Vaccination in Burma 1920-1933 - 1920-1933
Year: 1920
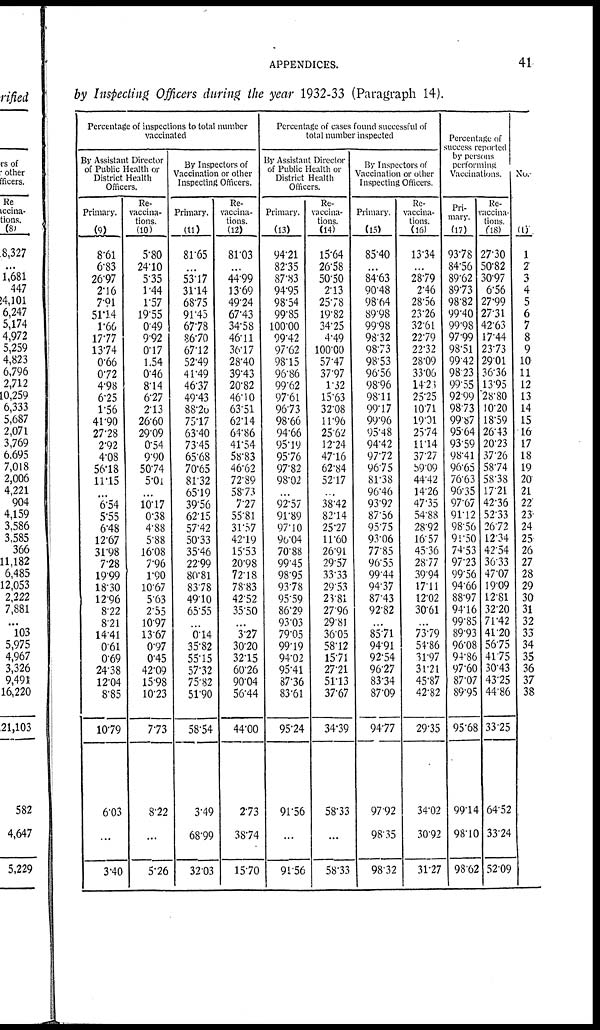
APPENDICES.
41
by Inspecting Officers during the year 1932-33 (Paragraph 14).
Percentage of inspections to total number
vaccinated
By Assistant Director
of Public Health or
District Health
Officers.
Primary.
(9)
8.61
6.83
26.97
2.16
7.91
51.14
1.66
17.77
13.74
0.66
0.72
4.98
6.25
1.56
41.90
27.28
2.92
4.08
56.18
11.15
...
6.54
5.55
6.48
12.67
31.98
728
19.99
18.30
12.96
8.22
8.21
14.41
0.61
0.69
24.38
12.04
8.85
10.79
6.03
...
3.40
Re-
vaccina-
tions.
(10)
5.80
24.10
5.35
1.44
1.57
19.55
0.49
9.92
0.17
1.54
0.46
8.14
6.27
2.13
26.60
29.09
0.54
9.90
50.74
5.01
...
10.17
0.38
4.88
5.88
16.08
796
1.90
1067
5.63
2.55
10.97
13.67
0.97
0.45
42.09
15.98
10.23
7.73
8.22
...
5.26
By Inspectors of
Vaccination or other
Inspecting Officers.
Primary.
(11)
81.65
...
53.17
31.14
68.75
91.45
67.78
86.70
67.12
52.49
41.49
46.37
49.43
88.20
75.17
63.40
73.45
65.68
70.65
81.32
65.19
39.56
62.5
57.42
50.33
35.46
22.99
80.81
83.78
49.10
65.55
...
0.14
35.82
55.15
57.32
75.82
51.90
58.54
3.49
68.99
32.03
Re-
vaccina-
tions.
(12)
81.03
...
44.99
13.69
49.24
67.43
34.58
46.11
36.17
28.40
39.43
20.82
46.10
63.51
62.14
64.86
41.54
58.83
46.62
72.89
58.73
7.27
55.81
31.57
42.19
15.53
20.98
72.18
78.83
42.52
35.50
...
3.27
30.20
32.15
60.26
90.04
56.44
44.00
2.73
38.74
15.70
Percentage of cases found successful of
total number inspected
By Assistant Director
of Public Health or
District Health
Officers.
Primary.
(13)
94.21
82.35
87.83
94.95
98.54
99.85
100.00
99.42
97.62
98.15
96.86
99.62
97.61
96.73
98.66
94.66
95.19
95.76
97.82
98.02
...
92.57
91.89
97.10
90.04
70.88
99.45
98.95
93.78
95.59
86.29
93.03
79.05
99.19
94.02
95.41
87.36
83.61
95.24
91.56
...
91.56
Re-
vaccina-
tions.
(14)
15.64
26.58
50.50
2.13
25.78
19.82
34.25
4.49
100.00
57.47
37.97
1.32
15.63
32.08
11.96
25.62
12.74
47.16
62.84
52.17
...
38.42
82.14
25.77
11.60
26.91
29.57
33.33
29.53
23.81
27.96
29.81
36.05
58.12
15.71
27.21
51.13
37.67
34.39
58.33
...
58.33
By Inspectors of
Vaccination or other
Inspecting Officers.
Primary.
(15)
85.40
...
84.63
90.48
98.64
89.98
99.98
98.32
98.73
98.53
96.56
98.96
98.11
99.17
99.96
95.48
94.42
97.72
96.75
81.38
96.46
93.92
87.56
95.75
93.06
77.85
96.55
99.44
94.37
87.43
92.82
...
85.71
94.91
92.54
96.27
83.34
87.09
94.77
97.92
98.35
98.32
Re-
vaccina-
tions.
(16)
13.34
...
28.79
2.46
28.56
23.26
32.61
22.79
22.32
28.09
33.06
14.21
25.25
10.71
19.31
25.74
11.14
37.27
59.09
44.42
14.26
47.35
54.88
28.92
16.57
45.36
28.77
39.94
17.11
12.02
30.61
...
73.79
54.86
31.97
31.71
45.87
42.82
29.35
34.02
30.92
31.27
Percentage of
success reported
by persons
performing
Vaccinations.
Pri-
mary.
(17)
93.78
84.56
89.62
89.73
98.82
99.40
99.98
97.99
98.51
99.42
98.23
99.55
92.99
98.73
99.87
95.64
93.59
98.41
96.65
76.63
96.35
97.67
91.12
98.56
91.50
74.53
97.23
99.56
94.66
88.97
94.16
99.85
89.93
96.08
94.86
97.60
87.07
89.95
95.68
99.14
98.10
98.62
Re-
vaccina-
tions.
(18)
27.30
50.82
30.97
6.56
27.99
27.31
42.63
17.44
23.73
29.01
36.36
13.95
28.80
10.20
18.59
26.43
20.23
37.26
58.74
58.38
17.21
42.36
52.33
26.72
12.34
42.54
36.33
47.07
19.09
12.81
32.20
71.42
41.20
56.75
41.75
30.43
43.25
44.86
33.25
64.52
33.24
52.09
No.
(1)
1
2
3
4
5
6
7
8
9
10
11
12
13
14
15
16
17
18
19
20
21
22
23
24
25
26
27
28
29
30
31
32
33
34
35
36
37
38